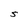
Character: S